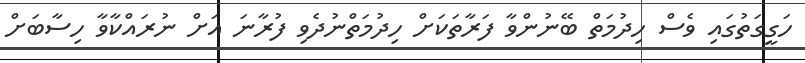
ހަގީގަތުގައި ވެސް ހިދުމަތް ބޭނުންވާ ފަރާތަކަށް ހިދުމަތްނުދެވި ފުރާނަ އަށް ނުރައްކާވާ ހިސާބަށް